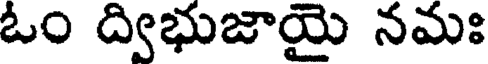
ఓం ద్విభుజాయై నమః